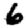
Digit: 6